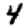
Digit: 4